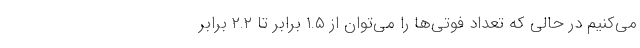
می‌کنیم در حالی که تعداد فوتی‌ها را می‌توان از ۱.۵ برابر تا ۲.۲ برابر